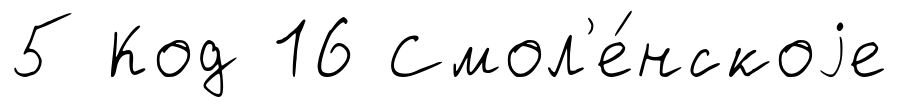
5 Код 16 Смол'е́нскоjе